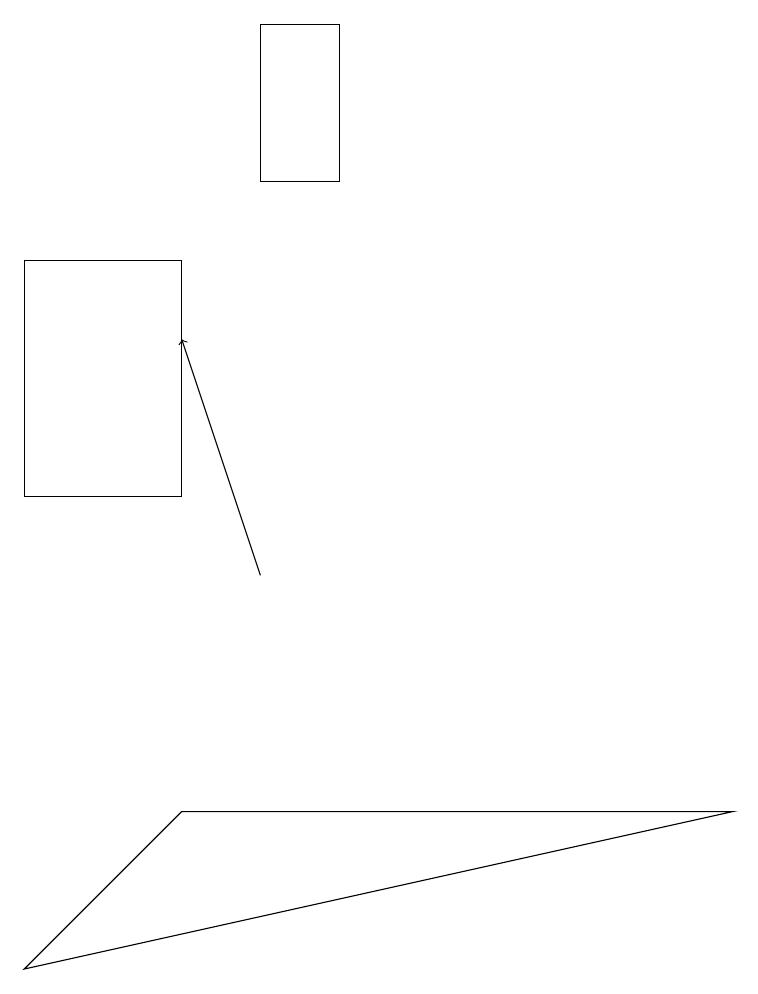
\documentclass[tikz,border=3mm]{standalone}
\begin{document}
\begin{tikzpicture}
\draw (0,15) rectangle (2,12);
\draw[->] (3,11) -- (2,14);
\draw (3,18) rectangle (4,16);
\draw (0,6) -- (9,8) -- (2,8) -- cycle;
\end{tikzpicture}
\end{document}